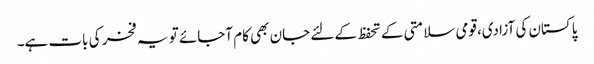
پاکستان کی آزادی،قومی سلامتی کے تحفظ کے لئے جان بھی کام آجائے تو یہ فخر کی بات ہے۔